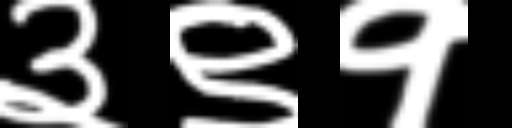
Text: ३९१